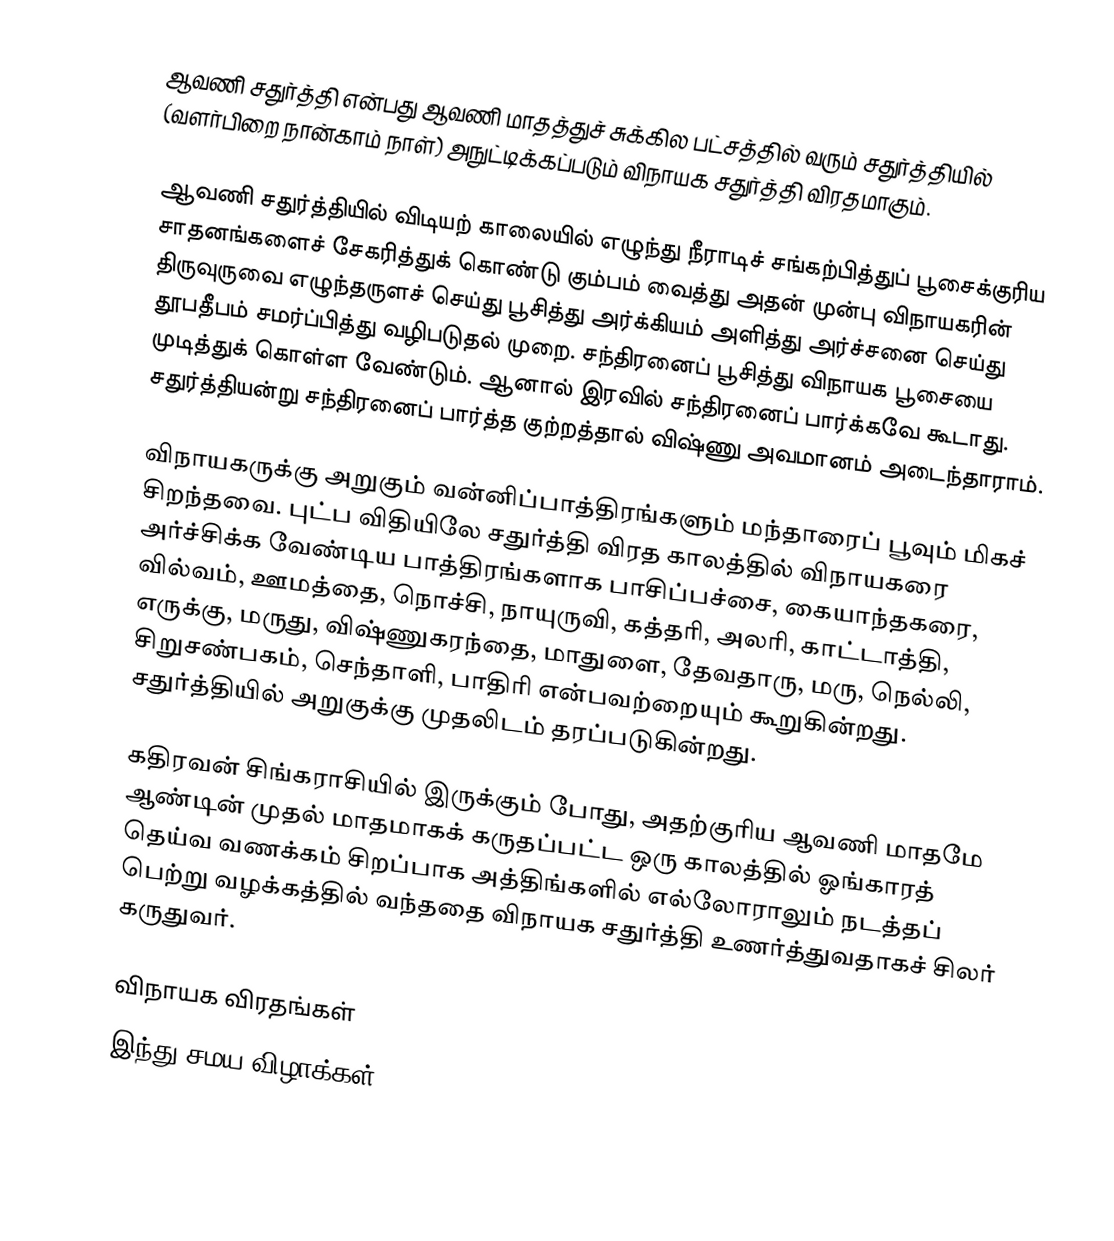
ஆவணி சதுர்த்தி என்பது ஆவணி மாதத்துச் சுக்கில பட்சத்தில் வரும் சதுர்த்தியில் (வளர்பிறை நான்காம் நாள்) அநுட்டிக்கப்படும் விநாயக சதுர்த்தி விரதமாகும்.

ஆவணி சதுர்த்தியில் விடியற் காலையில் எழுந்து நீராடிச் சங்கற்பித்துப் பூசைக்குரிய சாதனங்களைச் சேகரித்துக் கொண்டு கும்பம் வைத்து அதன் முன்பு விநாயகரின் திருவுருவை எழுந்தருளச் செய்து பூசித்து அர்க்கியம் அளித்து அர்ச்சனை செய்து தூபதீபம் சமர்ப்பித்து வழிபடுதல் முறை. சந்திரனைப் பூசித்து விநாயக பூசையை முடித்துக் கொள்ள வேண்டும். ஆனால் இரவில் சந்திரனைப் பார்க்கவே கூடாது. சதுர்த்தியன்று சந்திரனைப் பார்த்த குற்றத்தால் விஷ்ணு அவமானம் அடைந்தாராம்.

விநாயகருக்கு அறுகும் வன்னிப்பாத்திரங்களும் மந்தாரைப் பூவும் மிகச் சிறந்தவை. புட்ப விதியிலே சதுர்த்தி விரத காலத்தில் விநாயகரை அர்ச்சிக்க வேண்டிய பாத்திரங்களாக பாசிப்பச்சை, கையாந்தகரை, வில்வம், ஊமத்தை, நொச்சி, நாயுருவி, கத்தரி, அலரி, காட்டாத்தி, எருக்கு, மருது, விஷ்ணுகரந்தை, மாதுளை, தேவதாரு, மரு, நெல்லி, சிறுசண்பகம், செந்தாளி, பாதிரி என்பவற்றையும் கூறுகின்றது. சதுர்த்தியில் அறுகுக்கு முதலிடம் தரப்படுகின்றது.

கதிரவன் சிங்கராசியில் இருக்கும் போது, அதற்குரிய ஆவணி மாதமே ஆண்டின் முதல் மாதமாகக் கருதப்பட்ட ஒரு காலத்தில் ஓங்காரத் தெய்வ வணக்கம் சிறப்பாக அத்திங்களில் எல்லோராலும் நடத்தப் பெற்று வழக்கத்தில் வந்ததை விநாயக சதுர்த்தி உணர்த்துவதாகச் சிலர் கருதுவர்.

விநாயக விரதங்கள்
இந்து சமய விழாக்கள்